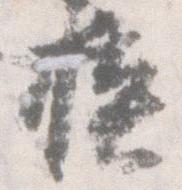
模